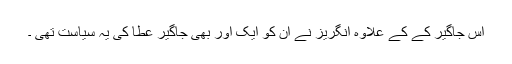
اس جاگیر کے کے علاوہ انگریز نے ان کو ایک اور بھی جاگیر عطا کی یہ سیاست تھی ۔